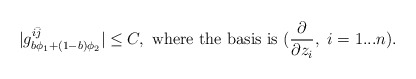
\begin{align*}|g^{i\bar{j}}_{b\phi_1+(1-b)\phi_2}|\leq C,\ \textrm{where the basis is}\ (\frac{\partial}{\partial z_i},\ i=1...n).\end{align*}